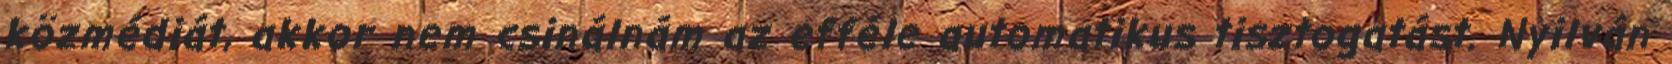
közmédiát, akkor nem csinálnám az efféle automatikus tisztogatást. Nyilván